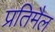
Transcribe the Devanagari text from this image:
प्रतिमैल